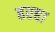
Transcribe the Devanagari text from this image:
हरहा